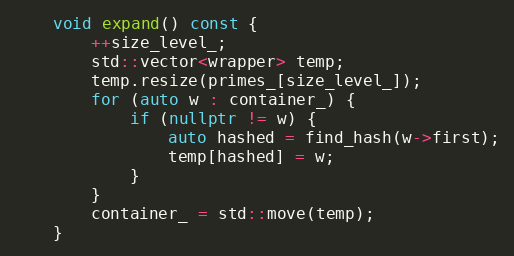
Language: C++
    void expand() const {
        ++size_level_;
        std::vector<wrapper> temp;
        temp.resize(primes_[size_level_]);
        for (auto w : container_) {
            if (nullptr != w) {
                auto hashed = find_hash(w->first);
                temp[hashed] = w;
            }
        }
        container_ = std::move(temp);
    }